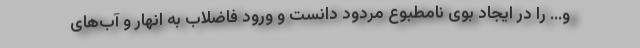
و… را در ایجاد بوی نامطبوع مردود دانست و ورود فاضلاب به انهار و آب‌های